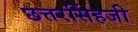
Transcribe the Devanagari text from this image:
छत्तरसिंहजी